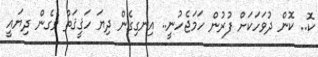
ކޮ.. ކޮން ދުވަހަކަށް ފުރުން ހަމަޖެހުނީ.. އިނގިގެން ދިޔަ ހަޤީޤަތް ވެގެން ދިޔައީ